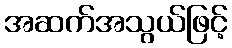
အဆက်အသွယ်ဖြင့်